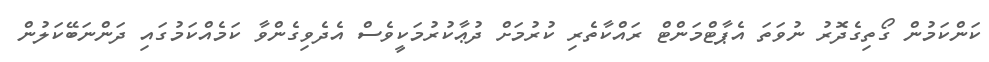
ކަންކަމުން ގޯތިގެދޮރު ނުވަތަ އެޕާޓްމަންޓް ރައްކާތެރި ކުރުމަށް ދުޢާކުރުމަކީވެސް އެދެވިގެންވާ ކަމެއްކަމުގައި ދަންނަބޭކަލުން